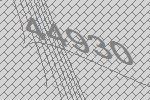
44930